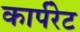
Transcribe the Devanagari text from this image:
कार्परेट